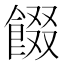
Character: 餟